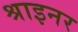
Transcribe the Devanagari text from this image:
श्राइनर